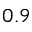
0 . 9